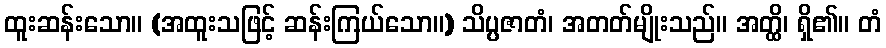
ထူးဆန်းသော။ (အထူးသဖြင့် ဆန်းကြယ်သော။) သိပ္ပဇာတံ၊ အတတ်မျိုးသည်။ အတ္ထိ၊ ရှိ၏။ တံ